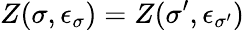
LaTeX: Z(\sigma,\epsilon_{\sigma})=Z(\sigma^{\prime},\epsilon_{\sigma^{\prime}})